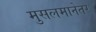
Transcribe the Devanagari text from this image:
मुसलमानेतर